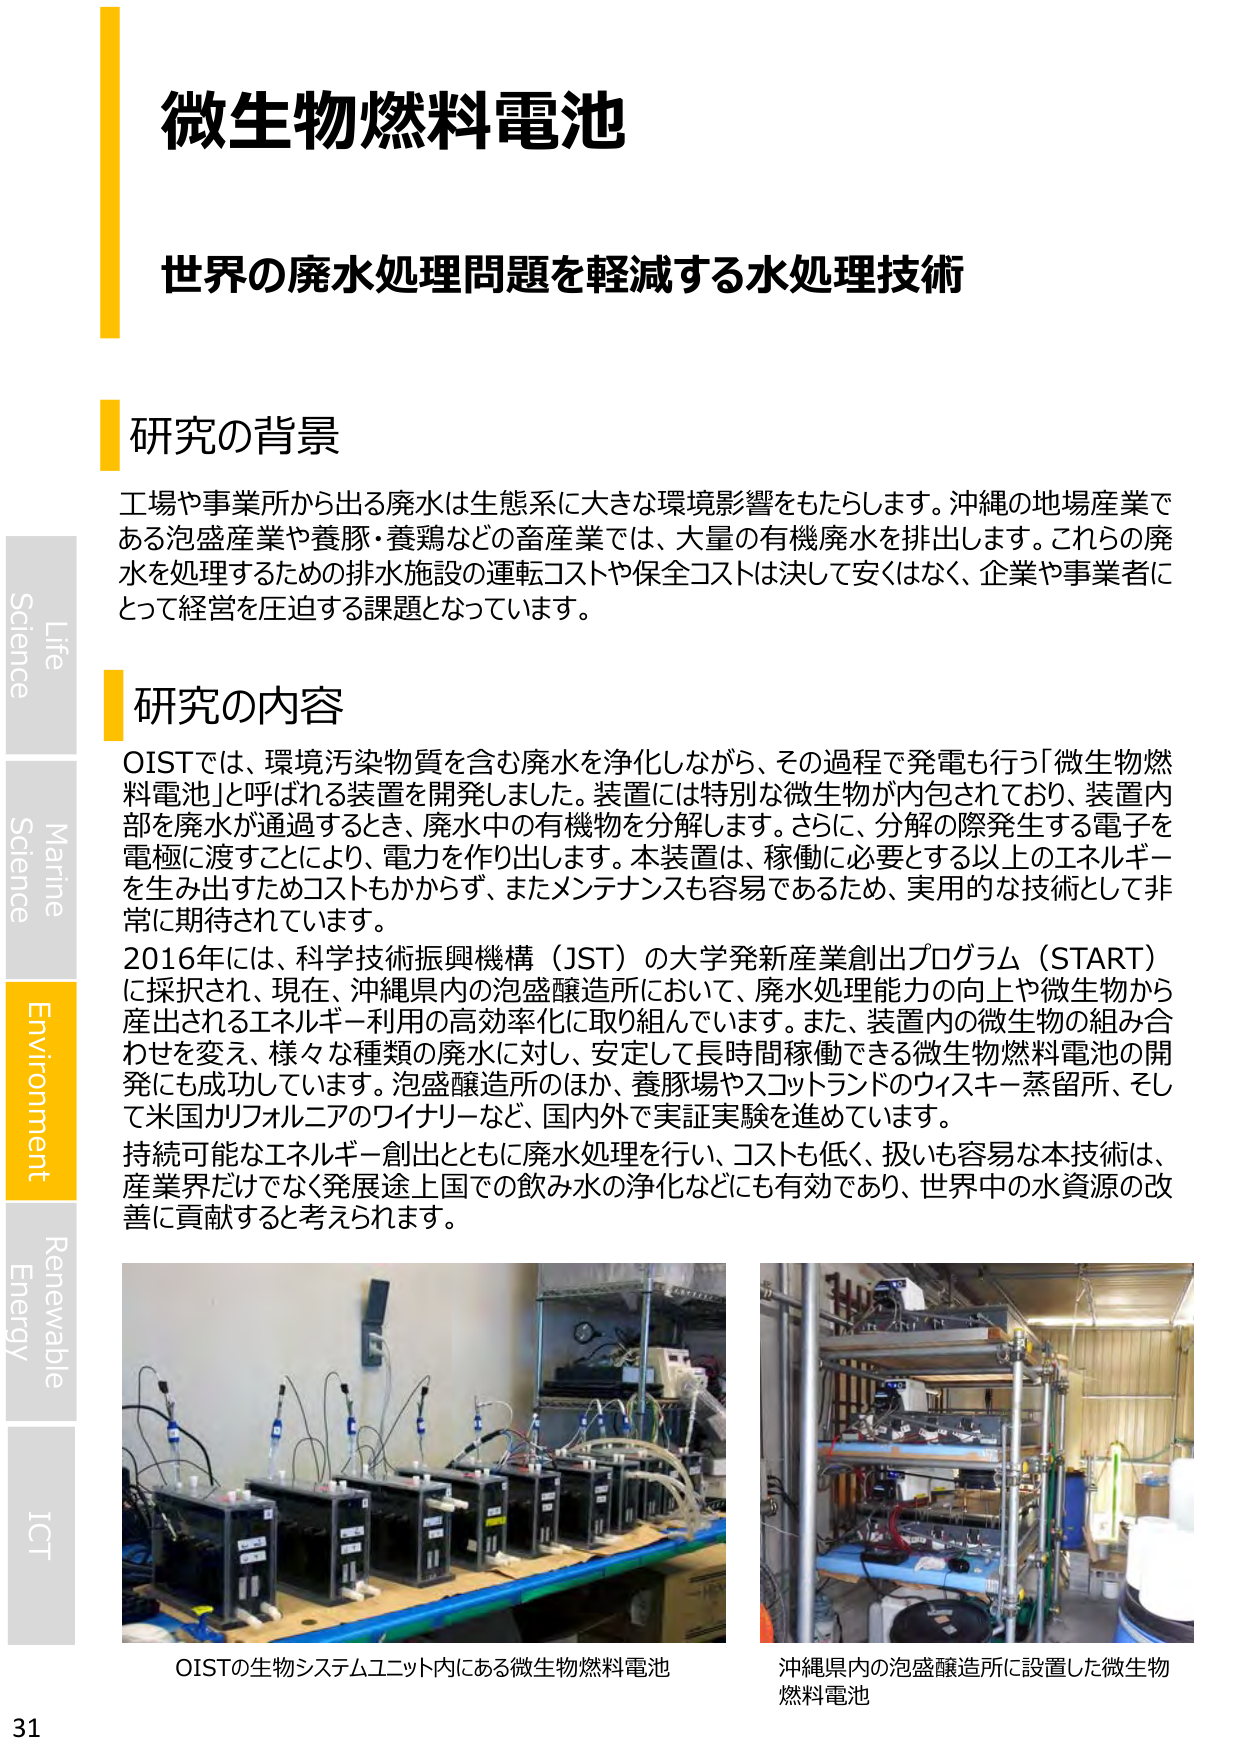
微生物燃料電池
世界の廃水処理問題を軽減する水処理技術

研究の背景
工場や事業所から出る廃水は生態系に大きな環境影響をもたらします。沖縄の地場産業である泡盛産業や養豚・養鶏などの畜産業では、大量の有機廃水を排出します。これらの廃水を処理するための排水施設の運転コストや保全コストは決して安くはなく、企業や事業者にとって経営を圧迫する課題となっています。

研究の内容
OISTでは、環境汚染物質を含む廃水を浄化しながら、その過程で発電も行う「微生物燃料電池」と呼ばれる装置を開発しました。装置には特別な微生物が内包されており、装置内部を廃水が通過するとき、廃水中の有機物を分解します。さらに、分解の際発生する電子を電極に渡すことにより、電力を作り出します。本装置は、稼働に必要とする以上のエネルギーを生み出すためコストもかからず、またメンテナンスも容易であるため、実用的な技術として非常に期待されています。
2016年には、科学技術振興機構（JST）の大学発新産業創出プログラム（START）に採択され、現在、沖縄県内の泡盛醸造所において、廃水処理能力の向上や微生物から産出されるエネルギー利用の高効率化に取り組んでいます。また、装置内の微生物の組み合わせを変え、様々な種類の廃水に対し、安定して長時間稼働できる微生物燃料電池の開発にも成功しています。泡盛醸造所のほか、養豚場やスコットランドのウィスキー蒸留所、そして米国カリフォルニアのワイナリーなど、国内外で実証実験を進めています。
持続可能なエネルギー創出とともに廃水処理を行い、コストも低く、扱いも容易な本技術は、産業界だけでなく発展途上国での飲み水の浄化などにも有効であり、世界中の水資源の改善に貢献すると考えられます。

OISTの生物システムユニット内にある微生物燃料電池
沖縄県内の泡盛醸造所に設置した微生物燃料電池

Life
Science
Marine
Science
Environment
Renewable
Energy
ICT
31